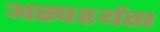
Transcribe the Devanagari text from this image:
अस्पर्श्यता